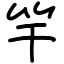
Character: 竿